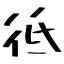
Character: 彽